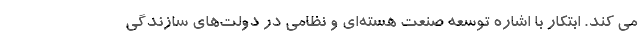
می کند. ابتکار با اشاره توسعه صنعت هسته‌ای و نظامی در دولت‌های سازندگی